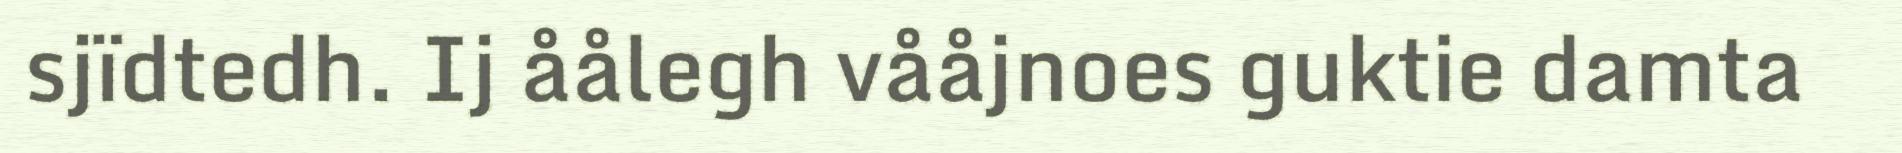
sjïdtedh. Ij åålegh vååjnoes guktie damta